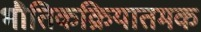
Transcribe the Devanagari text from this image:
भौतिकक्रियातमक